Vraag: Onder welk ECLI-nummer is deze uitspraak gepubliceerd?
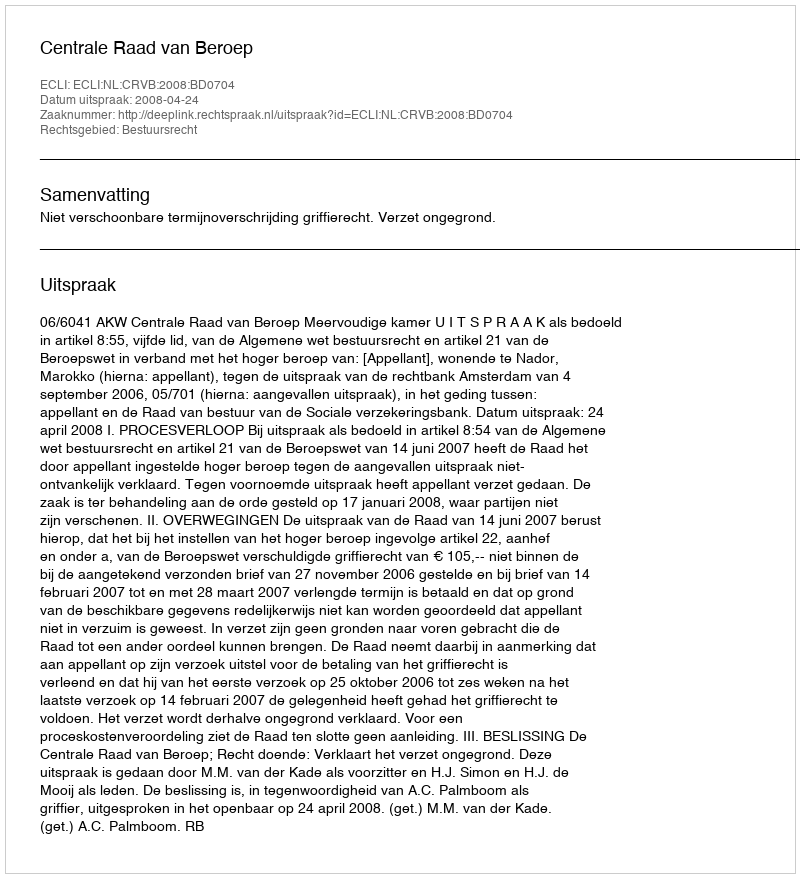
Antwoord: ECLI:NL:CRVB:2008:BD0704